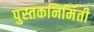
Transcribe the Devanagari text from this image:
पुस्तकनिर्मिती